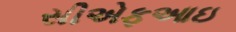
સીએફઆઇ